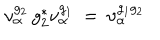
LaTeX: \nu _ { \alpha } ^ { g _ { 2 } } \, g _ { 2 } ^ { * } \nu _ { \alpha } ^ { g _ { 1 } } \: = \: \nu _ { \alpha } ^ { g _ { 1 } g _ { 2 } }